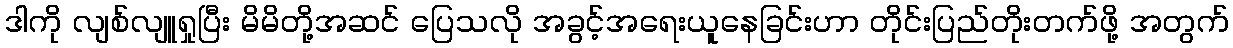
ဒါကို လျစ်လျူရှုပြီး မိမိတို့အဆင် ပြေသလို အခွင့်အရေးယူနေခြင်းဟာ တိုင်းပြည်တိုးတက်ဖို့ အတွက်